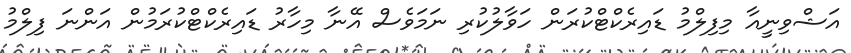
އަޝްވިނީއާ މިފިލްމު ޑައިރެކްޓްކުރަން ހަވާލުކުރި ނަމަވެސް އޭނާ މިހާރު ޑައިރެކްޓްކުރަމުން އަންނަ ފިލްމު